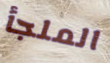
الملجأ